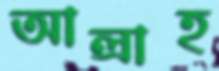
আল্রাহ